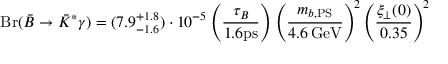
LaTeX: \mathrm { B r } ( \bar { B } \to \bar { K } ^ { * } \gamma ) = ( 7 . 9 _ { - 1 . 6 } ^ { + 1 . 8 } ) \cdot 1 0 ^ { - 5 } \left( \frac { \tau _ { B } } { 1 . 6 \mathrm { p s } } \right) \left( \frac { m _ { b , \mathrm { P S } } } { 4 . 6 \, \mathrm { G e V } } \right) ^ { \! 2 } \left( \frac { \xi _ { \perp } ( 0 ) } { 0 . 3 5 } \right) ^ { \! 2 }